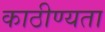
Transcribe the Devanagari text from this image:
काठीण्‍यता